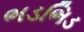
ભડભિડ